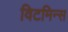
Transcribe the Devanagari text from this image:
विटमिन्स